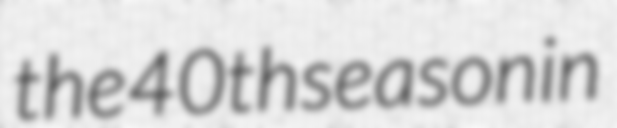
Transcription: the 40th season in